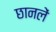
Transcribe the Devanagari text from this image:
छानलें